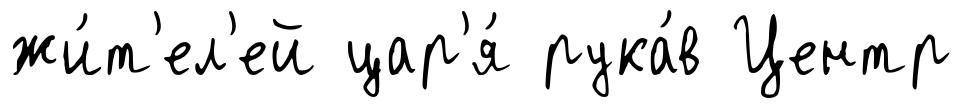
жи́т'ел'ей цар'я́ рука́в Центр